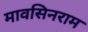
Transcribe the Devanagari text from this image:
मावसिनराम